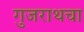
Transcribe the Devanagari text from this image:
गुजराथचा